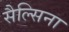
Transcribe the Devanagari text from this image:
सैल्सिना